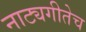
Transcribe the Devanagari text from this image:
नाट्यगीतेच